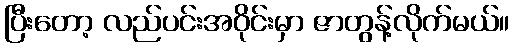
ပြီးတော့ လည်ပင်းအဝိုင်းမှာ ဇာတွန့်လိုက်မယ်။